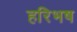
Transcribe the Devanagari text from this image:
हरिभष